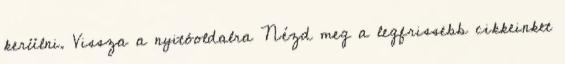
kerülni. Vissza a nyitóoldalra Nézd meg a legfrissebb cikkeinket